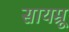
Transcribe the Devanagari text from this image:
सायम्रू